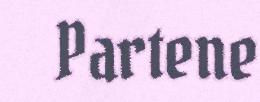
Partene